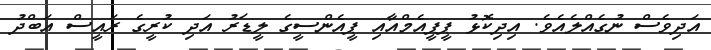
އަދިވެސް ނުގެއްލެއެވެ. އިދިކޮޅު ޕީޕީއެމްއާއި ޕީއެންސީގެ ލީޑަރު އަދި ކުރީގެ ރައީސް އަބްދު